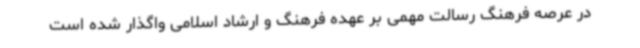
در عرصه فرهنگ رسالت مهمی بر عهده فرهنگ و ارشاد اسلامی واگذار شده است